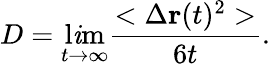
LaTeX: D=\operatorname*{l\mathit{i}m}_{t\rightarrow\infty}\frac{{<\Delta\textbf{{r}}(t)^{2}>}}{{6t}}.